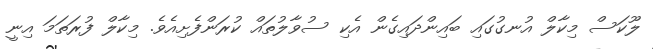
ލޫކަސް މިކާލް އުނގުގައި ބައިންދައިގެން އެކި ސުވާލުތައް ކުރަންފެށިއެވެ. މިކާލް ފުރަތަމަ އިނީ